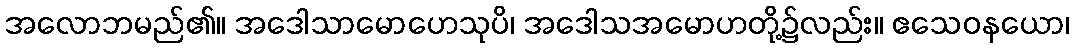
အလောဘမည်၏။ အဒေါသာမောဟေသုပိ၊ အဒေါသအမောဟတို့၌လည်း။ ဧသေဝနယော၊